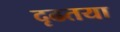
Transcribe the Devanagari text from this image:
दृढतया